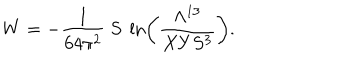
LaTeX: W = - { \frac { 1 } { 6 4 \pi ^ { 2 } } } \ S \ \ln \left( { \frac { \Lambda ^ { 1 3 } } { X Y S ^ { 3 } } } \right) .